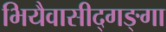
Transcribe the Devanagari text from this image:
भियैवासीद्गङ्गा